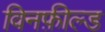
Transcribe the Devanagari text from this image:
विनफ़ील्ड